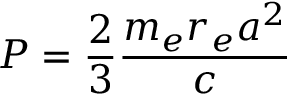
P = { \frac { 2 } { 3 } } { \frac { m _ { e } r _ { e } a ^ { 2 } } { c } }